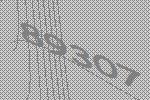
89307